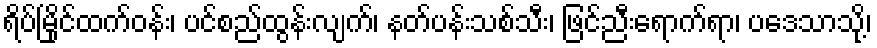
ရိပ်မြိုင်ထက်ဝန်း၊ ပင်စည်ထွန်းလျက်၊ နတ်ပန်းသစ်သီး၊ ဖြင်ညီးရောက်ရာ၊ ပဒေသာသို့၊